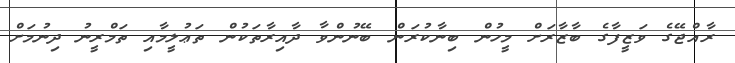
ރާއްޖޭގެ ވަޒީފާގެ ބާޒާރަށް މީހުން ބިނާކުރަން ބޭނުންވާ ދާއިރާތަކުން ތަޢުލީމާއި ތަމްރީނު ދިނުމަށް